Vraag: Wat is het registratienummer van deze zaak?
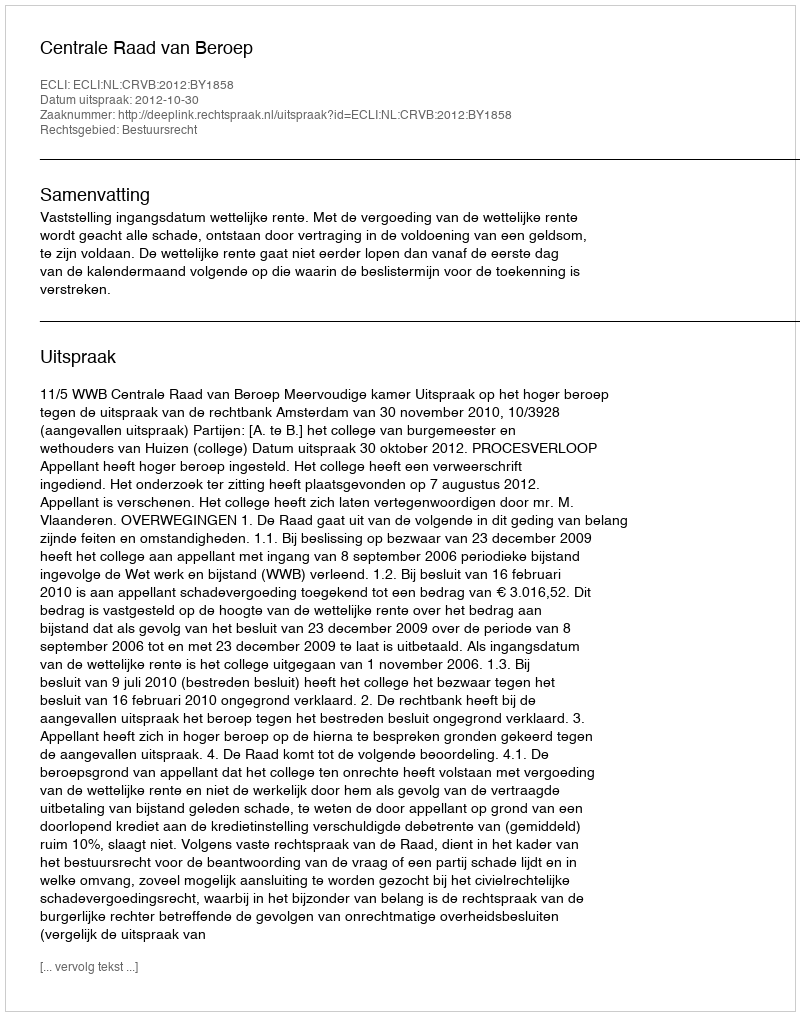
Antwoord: http://deeplink.rechtspraak.nl/uitspraak?id=ECLI:NL:CRVB:2012:BY1858